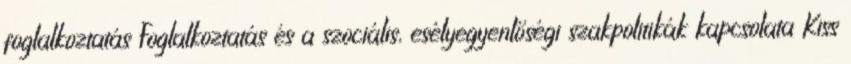
foglalkoztatás Foglalkoztatás és a szociális, esélyegyenlőségi szakpolitikák kapcsolata Kiss